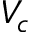
V _ { c }